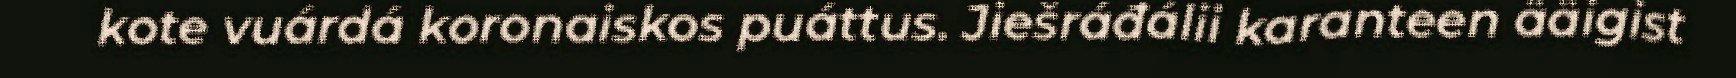
kote vuárdá koronaiskos puáttus. Jiešráđálii karanteen ääigist